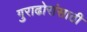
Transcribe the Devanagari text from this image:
गुराढोरांसाठी